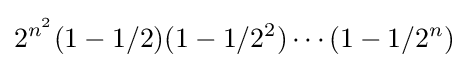
2^{n^{2}}(1-1/2)(1-1/2^{2})\cdots (1-1/2^{n})